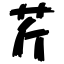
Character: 芹